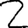
Digit: 2